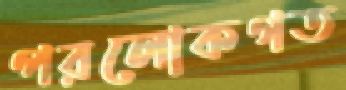
পরলোকগত